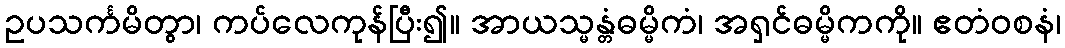
ဥပသင်္ကမိတွာ၊ ကပ်လေကုန်ပြီး၍။ အာယသ္မန္တံဓမ္မိကံ၊ အရှင်ဓမ္မိကကို။ ဧတံဝစနံ၊